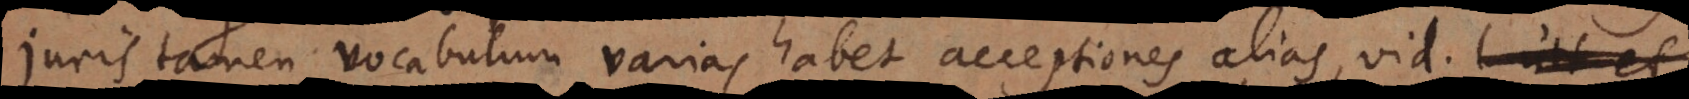
Juris tamen vocabulum varias habet acceptiones alias, vid. l. penu